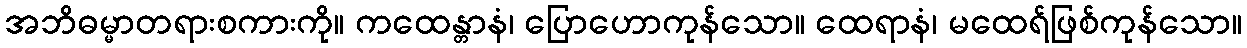
အဘိဓမ္မာတရားစကားကို။ ကထေန္တာနံ၊ ပြောဟောကုန်သော။ ထေရာနံ၊ မထေရ်ဖြစ်ကုန်သော။